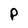
Character: P